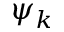
\psi _ { k }